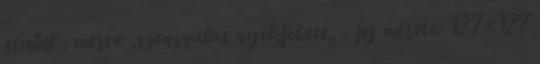
stabil , merev ,szénszálas nyél,fekete, - fej mérete: 127×127